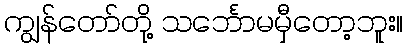
ကျွန်တော်တို့ သင်္ဘောမမှီတော့ဘူး။